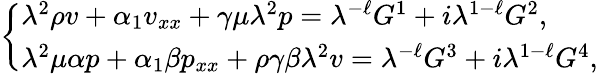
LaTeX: \left\{ \begin{array}{l}{{\lambda}^{2}\rho v+\alpha_{1}v_{xx}+\gamma\mu{\lambda}^{2}p={\lambda}^{-\ell}G^{1}+i{\lambda}^{1-\ell}G^{2},}\\ {{\lambda}^{2}\mu\alpha p+\alpha_{1}\beta p_{xx}+\rho\gamma\beta{\lambda}^{2}v={\lambda}^{-\ell}G^{3}+i{\lambda}^{1-\ell}G^{4},}\end{array}\right.